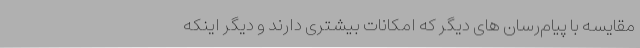
مقایسه با پیام‌رسان های دیگر که امکانات بیشتری دارند و دیگر اینکه